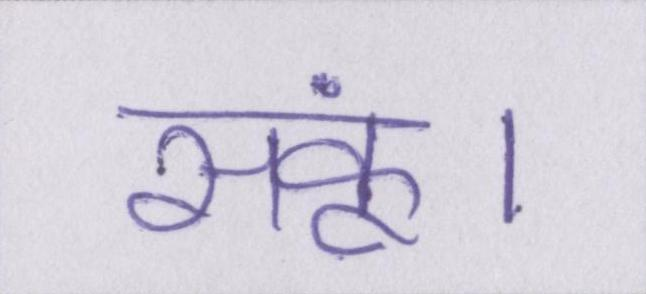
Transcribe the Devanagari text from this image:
सकूं।